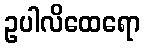
ဥပါလိထေရော